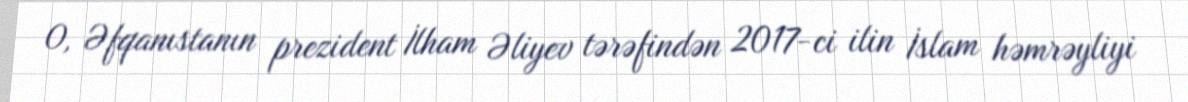
O, Əfqanıstanın prezident İlham Əliyev tərəfindən 2017-ci ilin İslam həmrəyliyi